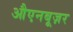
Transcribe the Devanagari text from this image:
औएनबूज़र